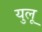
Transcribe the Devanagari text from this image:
युलू